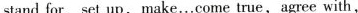
stand for，set up，make…come true，agree with，